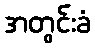
အတွင်းခံ